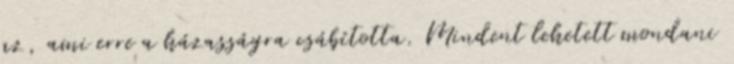
az, ami erre a házasságra csábította. Mindent lehetett mondani